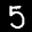
Label: 5